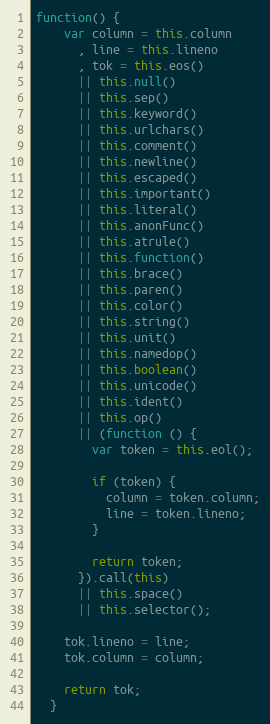
Language: JavaScript
function() {
    var column = this.column
      , line = this.lineno
      , tok = this.eos()
      || this.null()
      || this.sep()
      || this.keyword()
      || this.urlchars()
      || this.comment()
      || this.newline()
      || this.escaped()
      || this.important()
      || this.literal()
      || this.anonFunc()
      || this.atrule()
      || this.function()
      || this.brace()
      || this.paren()
      || this.color()
      || this.string()
      || this.unit()
      || this.namedop()
      || this.boolean()
      || this.unicode()
      || this.ident()
      || this.op()
      || (function () {
        var token = this.eol();

        if (token) {
          column = token.column;
          line = token.lineno;
        }

        return token;
      }).call(this)
      || this.space()
      || this.selector();

    tok.lineno = line;
    tok.column = column;

    return tok;
  }